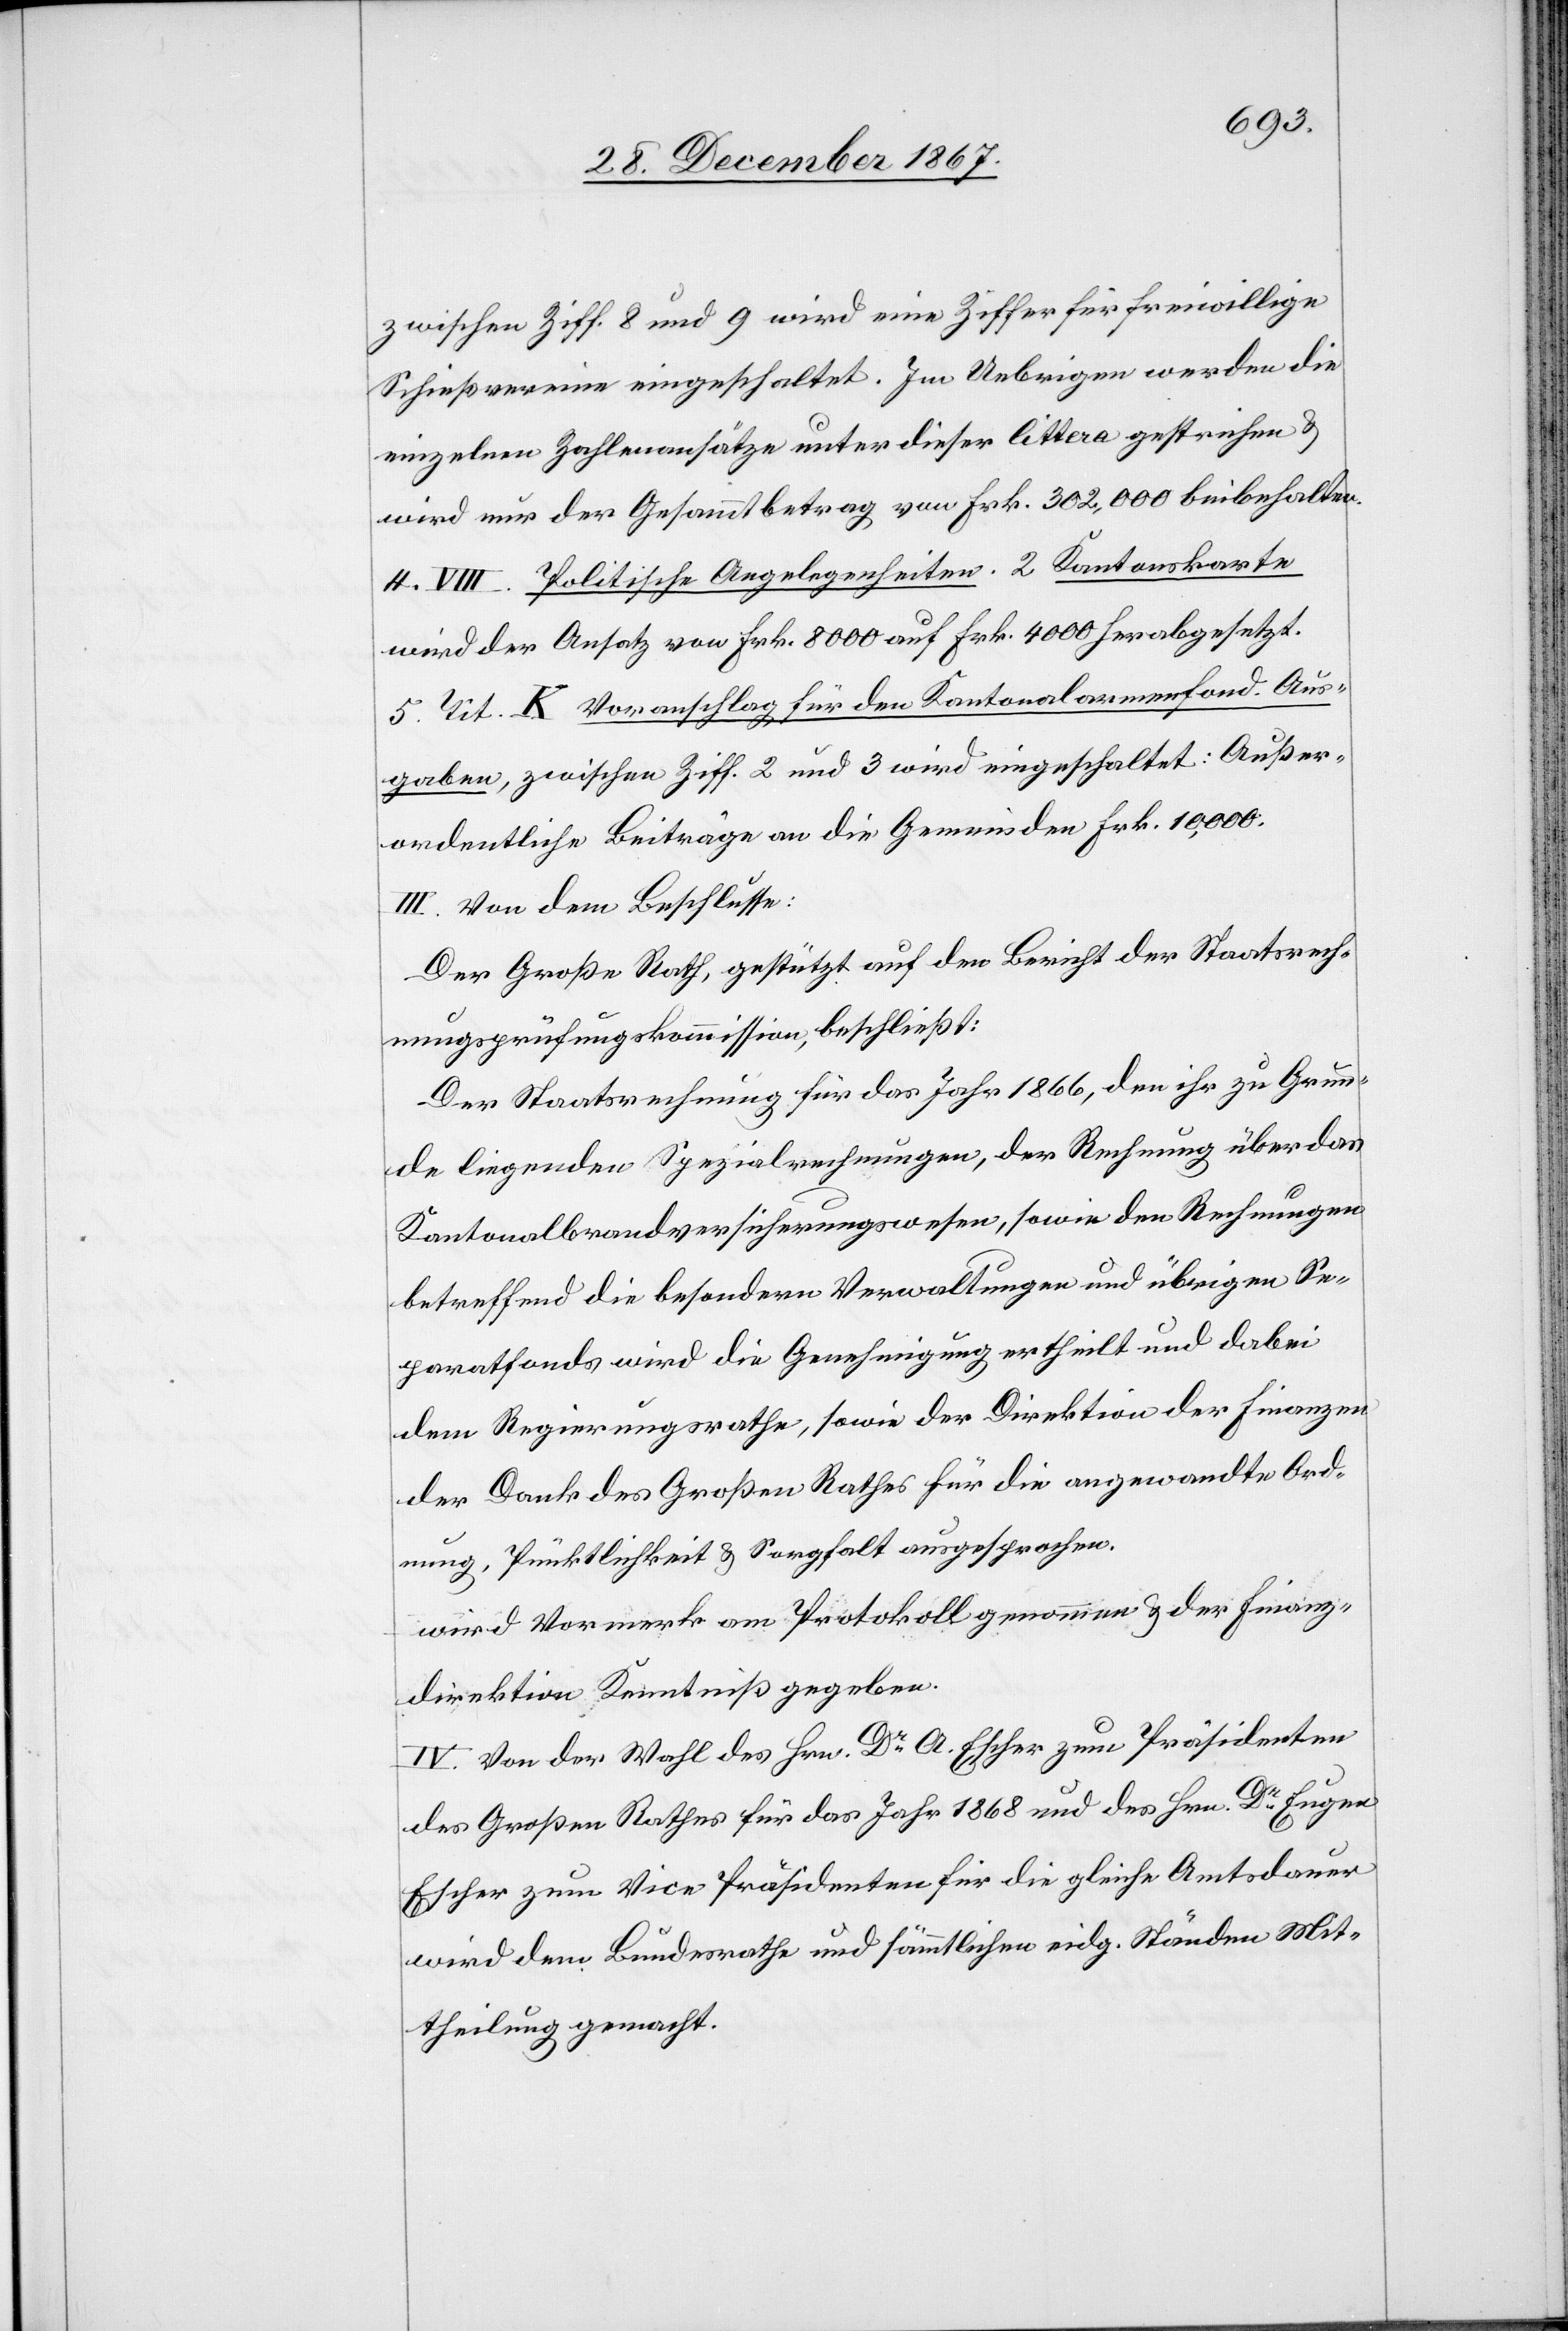
zwischen Ziff. 8 und 9 wird eine Ziffer für freiwillige
Schießvereine eingeschaltet. Im Uebrigen werden die
einzelnen Zahlenansätze unter dieser littera gestrichen u.
wird nur der Gesammtbetrag von Frk. 302 000 beibehalten.
4. VIII. Politische Angelegenheiten. 2 Kantonskarte
wird der Ansatz von Frk. 8000 auf Frk. 4000 herabgesetzt.
5. Tit. K Voranschlag für den Kantonalarmenfond. Aus¬
gaben, zwischen Ziff. 2 und 3 wird eingeschaltet: Außer¬
ordentliche Beiträge an die Gemeinden Frk. 10 000.
III. Von dem Beschlusse:
Der Große Rath, gestützt auf den Bericht der Staatsrech¬
nungsprüfungskommission, beschließt:
Der Staatsrechnung für das Jahr 1866, den ihr zu Grun¬
de liegenden Spezialrechnungen, der Rechnung über das
Kantonalbrandversicherungswesen, sowie den Rechnungen
betreffend die besondern Verwaltungen und übrigen Se¬
paratfonds wird die Genehmigung ertheilt und dabei
dem Regierungsrathe, sowie der Direktion der Finanzen
der Dank des Großen Rathes für die angewandte Ord¬
nung, Pünktlichkeit u. Sorgfalt ausgesprochen.
wird Vormerk am Protokoll genommen u. der Finanz¬
direktion Kenntniß gegeben.
IV. Von der Wahl des Hrn. Dr A. Escher zum Präsidenten
des Großen Rathes für das Jahr 1868 und des Hrn. Dr Eugen
Escher zum Vice Präsidenten für die gleiche Amtsdauer
wird dem Bundesrathe und sämmtlichen eidg. Ständen Mit¬
theilung gemacht.